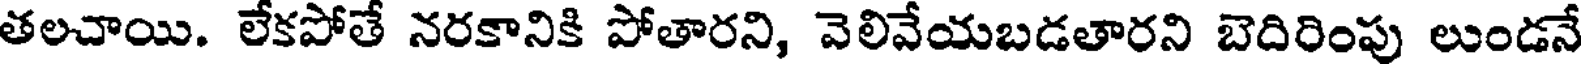
తలచాయి. లేకపోతే నరకానికి పోతారని, వెలివేయబడతారని బెదిరింపు లుండనే